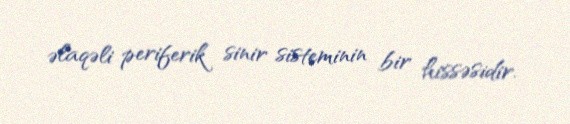
əlaqəli periferik sinir sisteminin bir hissəsidir.